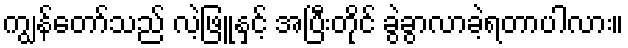
ကျွန်တော်သည် လဲ့ဖြူနှင့် အပြီးတိုင် ခွဲခွာလာခဲ့ရတာပါလား။